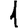
Digit: 1